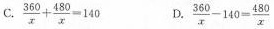
C. $$\frac { 3 6 0 } { x } + \frac { 4 8 0 } { x } = 1 4 0$$ D. $$\frac { 3 6 0 } { x } - 1 4 0 = \frac { 4 8 0 } { x }$$